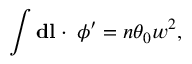
\int { \mathbf d } { \mathbf l } \cdot { \mathbf \nabla } \phi ^ { \prime } = n \theta _ { 0 } w ^ { 2 } ,